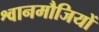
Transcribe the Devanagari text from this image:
श्वानमौजियों